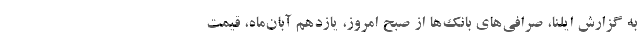
به گزارش ایلنا، صرافی‌های بانک‌ها از صبح امروز، یازدهم آبان‌ماه، قیمت